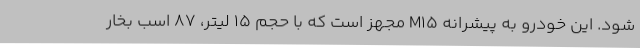
شود. این خودرو به پیشرانه M15 مجهز است که با حجم ۱۵ لیتر، ۸۷ اسب بخار